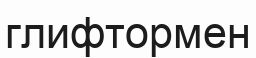
глифтормен